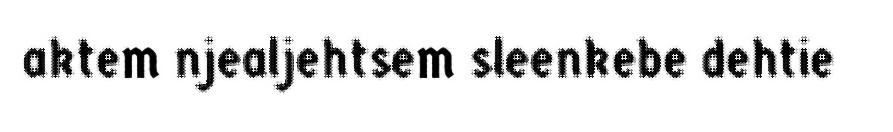
aktem njealjehtsem sleenkebe dehtie